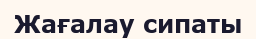
Жағалау сипаты